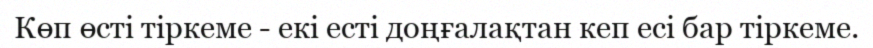
Көп өсті тіркеме - екі есті доңғалақтан кеп есі бар тіркеме.